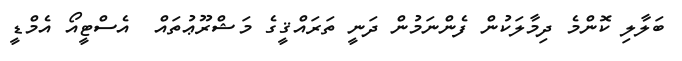
ބަލާލި ކޮންމެ ދިމާލަކުން ފެންނަމުން ދަނީ ތަރައްޤީގެ މަޝްރޫޢުތައް  އެސްޓީއޯ އެމްޑީ